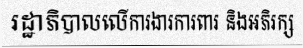
រដ្ឋាភិបាលលើការងារការពារ និងអភិរក្ស